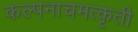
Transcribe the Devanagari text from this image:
कल्पनाचमत्कृती